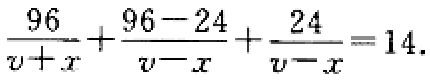
\(\frac{96}{v + x}+\frac{96 - 24}{v - x}+\frac{24}{v - x}=14\)